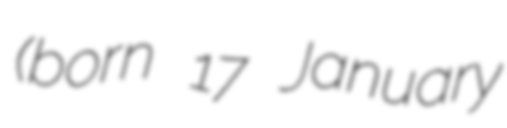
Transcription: (born 17 January